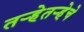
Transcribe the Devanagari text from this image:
तऱ्हेतऱ्हेचे